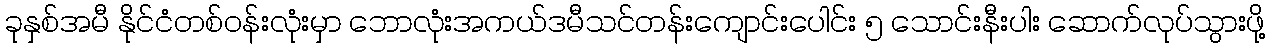
ခုနှစ်အမီ နိုင်ငံတစ်ဝန်းလုံးမှာ ဘောလုံးအကယ်ဒမီသင်တန်းကျောင်းပေါင်း ၅ သောင်းနီးပါး ဆောက်လုပ်သွားဖို့